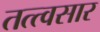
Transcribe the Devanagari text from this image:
तत्त्वसार